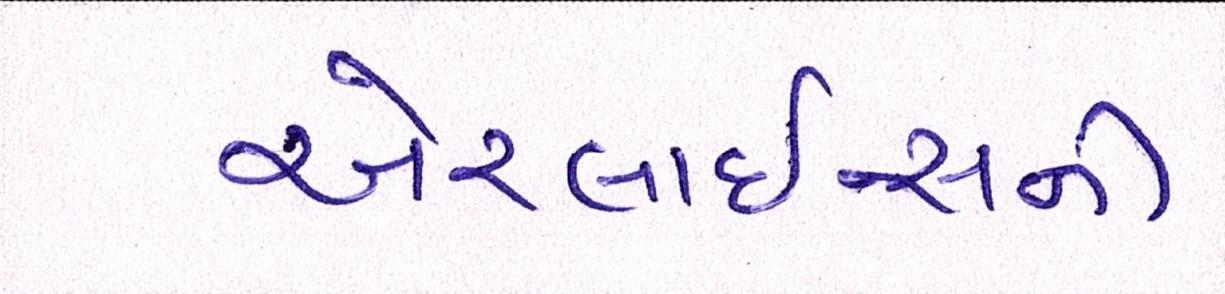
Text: એરલાઇન્સની